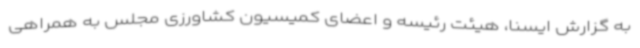
به گزارش ایسنا، هیئت رئیسه و اعضای کمیسیون کشاورزی مجلس به همراهی